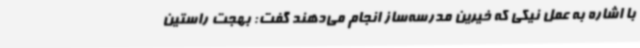
با اشاره به عمل نیکی که خیرین مدرسه‌ساز انجام می‌دهند گفت: بهجت راستین